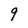
Character: 9